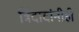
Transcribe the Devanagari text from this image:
त्रिंदादांनीही